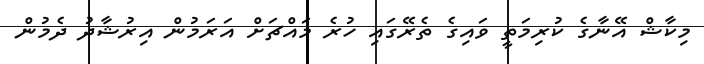
މިކާޝް އޭނާގެ ކުރިމަތީ ވައިގެ ތެރޭގައި ހުރެ މައްޗަށް އަރަމުން އިރުޝާދު ދެމުން